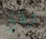
وفاق